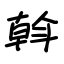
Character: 斡